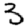
Digit: 3